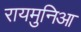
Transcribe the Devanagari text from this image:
रायमुनिआ